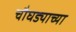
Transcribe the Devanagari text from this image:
चौघड्याच्या